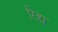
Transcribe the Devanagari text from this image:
रिद्दा